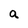
Character: a